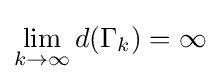
\lim _{k\rightarrow \infty }d(\Gamma _{k})=\infty